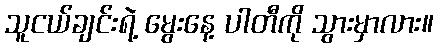
သူငယ်ချင်းရဲ့ မွေးနေ့ ပါတီကို သွားမှာလား။